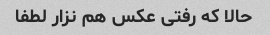
حالا که رفتی عکس هم نزار لطفا